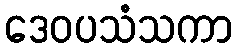
ဒေဝပသံသကာ